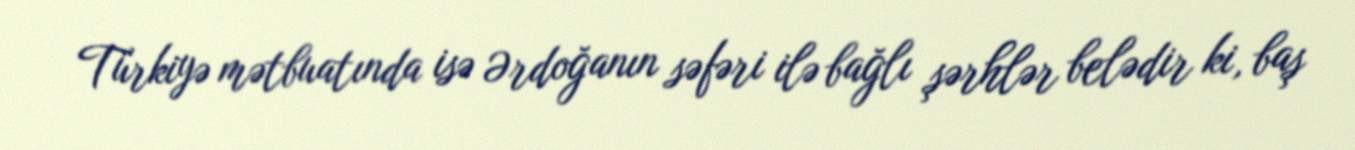
Türkiyə mətbuatında isə Ərdoğanın səfəri ilə bağlı şərhlər belədir ki, baş